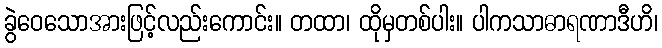
ခွဲဝေသောအားဖြင့်လည်းကောင်း။ တထာ၊ ထိုမှတစ်ပါး။ ပါကသာဓာရဏာဒီဟိ၊